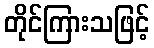
တိုင်ကြားသဖြင့်